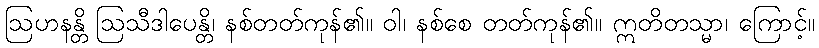
ဩဟနန္တိ ဩသီဒါပေန္တိ၊ နစ်တတ်ကုန်၏။ ဝါ၊ နစ်စေ တတ်ကုန်၏။ ဣတိတသ္မာ၊ ကြောင့်။